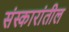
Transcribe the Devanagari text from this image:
संस्कारांतील